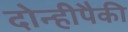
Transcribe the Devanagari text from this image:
दोन्हीपैकी